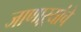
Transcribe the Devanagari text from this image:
जाणाऱ्यांचे